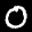
Label: 0